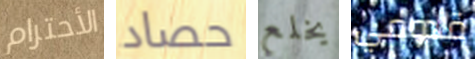
الأحترام حصاد يخلع قدومي